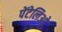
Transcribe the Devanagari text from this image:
पेंटेलिओ